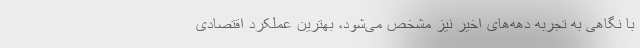
با نگاهی به تجربه دهه‌های اخیر نیز مشخص می‌شود، بهترین عملکرد اقتصادی